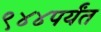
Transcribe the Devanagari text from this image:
९४४पर्यंत